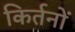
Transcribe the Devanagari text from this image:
किर्तनों